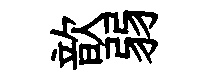
歆弱